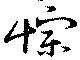
悰